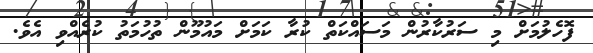
ފޮހެލުމަށް މި ސަރުކާރުން މަސައްކަތް ކުރާ ކަމަށް މައުމޫން ތުހުމަތު ކުރެއްވި އެވެ.